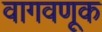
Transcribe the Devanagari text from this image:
वागवणूक